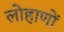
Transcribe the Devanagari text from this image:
लोहाणों